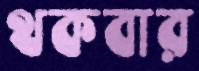
থকবার